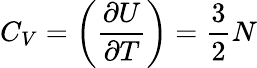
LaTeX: C_{V}=\biggl({\frac{\partial U}{\partial T}}\biggr)={\frac{3}{2}}N